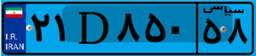
۲۱D۸۵۰۵۸